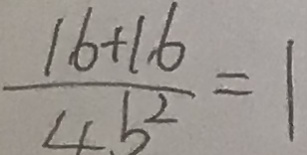
\frac { 1 6 + 1 6 } { 4 b ^ { 2 } } = 1